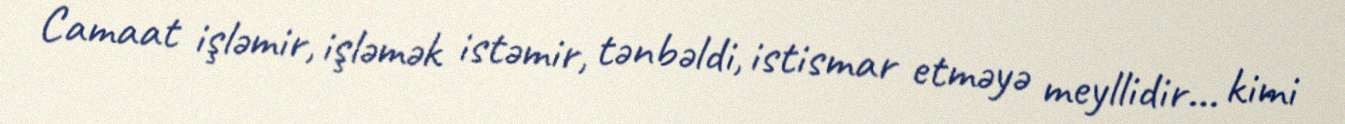
Camaat işləmir, işləmək istəmir, tənbəldi, istismar etməyə meyllidir... kimi